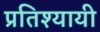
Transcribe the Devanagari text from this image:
प्रतिश्यायी